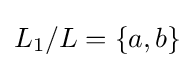
L_{1}/L=\{a,b\}